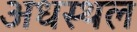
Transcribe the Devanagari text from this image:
अधस्थल